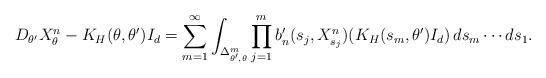
LaTeX: \begin{align*}D_{\theta'} X_{\theta}^{n} - K_H(\theta,\theta')I_d = \sum_{m=1}^{\infty} \int_{\Delta_{\theta',\theta}^m} \prod_{j=1}^m b_n'(s_j,X_{s_j}^{n}) (K_H(s_m,\theta') I_d) \, ds_m \cdots ds_1.\end{align*}